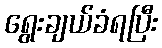
ရွေးချယ်ခံရပြီး